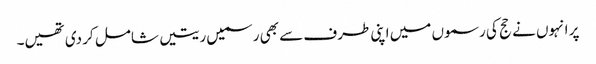
پر انہوں نے حج کی رسموں میں اپنی طرف سے بھی رسمیں ریتیں شامل کر دی تھیں۔